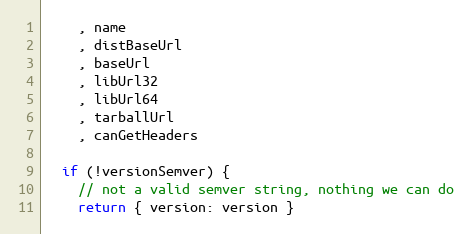
Language: JavaScript
    , name
    , distBaseUrl
    , baseUrl
    , libUrl32
    , libUrl64
    , tarballUrl
    , canGetHeaders

  if (!versionSemver) {
    // not a valid semver string, nothing we can do
    return { version: version }